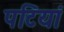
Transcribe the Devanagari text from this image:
पटिंयां